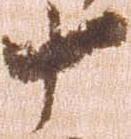
十